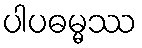
ပါပဓမ္မဿ